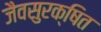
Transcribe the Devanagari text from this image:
जैवसुरक्षित